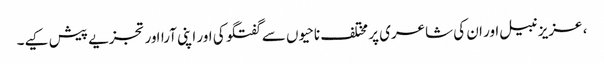
، عزیز نبیل اور ان کی شاعری پر مختلف ناحیوں سے گفتگو کی اور اپنی آرااور تجزیے پیش کیے۔